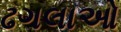
ઢગલાઓ